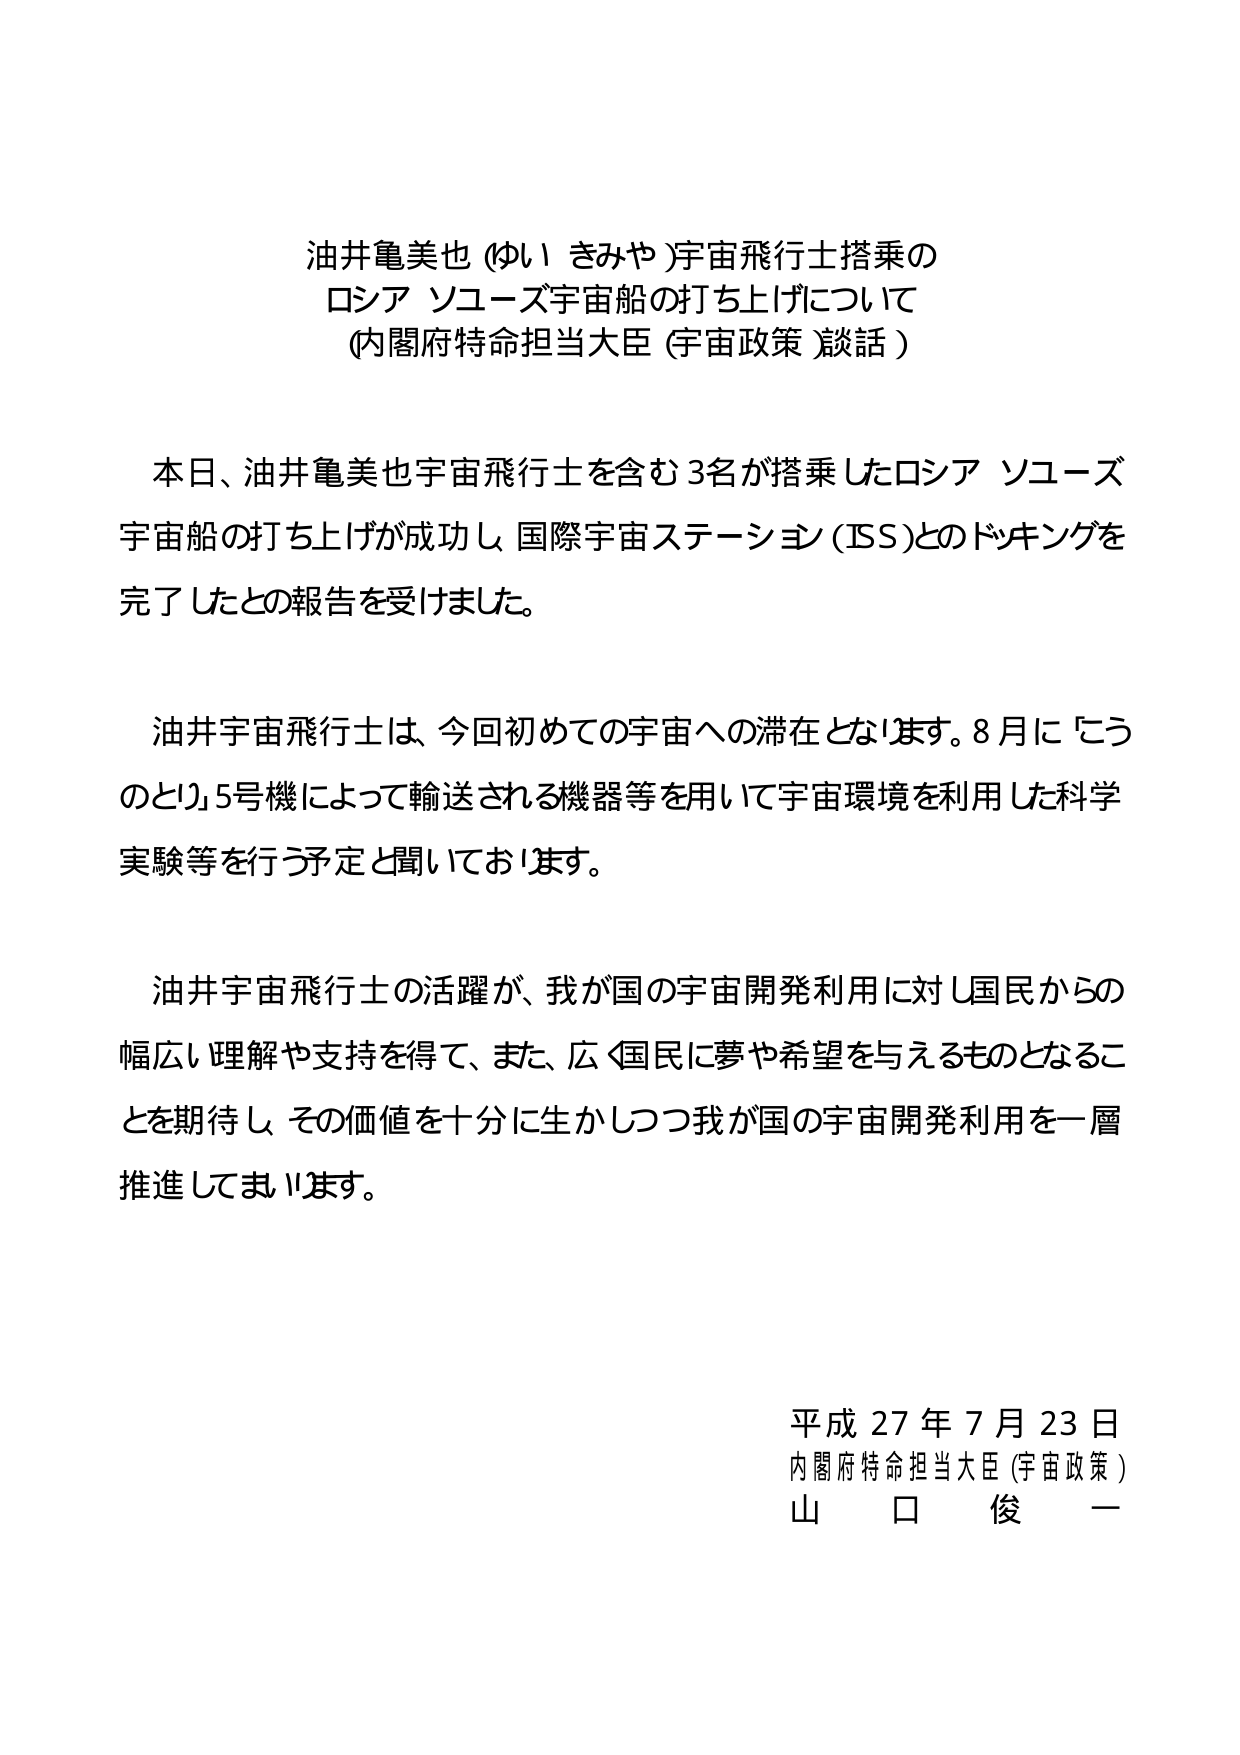
油井亀美也 (ゆい きみや)宇宙飛行士搭乗の
ロシア ソユーズ宇宙船の打ち上げについて
(内閣府特命担当大臣 (宇宙政策)談話)

本日、油井亀美也宇宙飛行士を含む3名が搭乗したロシア ソユーズ
宇宙船の打ち上げが成功し、国際宇宙ステーション (ISS)とのドッキングを
完了したとの報告を受けました。

油井宇宙飛行士は、今回初めての宇宙への滞在となります。8月に「こう
のとり」5号機によって輸送される機器等を用いて宇宙環境を利用した科学
実験等を行う予定と聞いております。

油井宇宙飛行士の活躍が、我が国の宇宙開発利用に対し国民からの
幅広い理解や支持を得て、また、広く国民に夢や希望を与えるものとなるこ
とを期待し、その価値を十分に生かしつつ我が国の宇宙開発利用を一層
推進してまいります。

平成27年7月23日
内閣府特命担当大臣 (宇宙政策)
山 口 俊 一